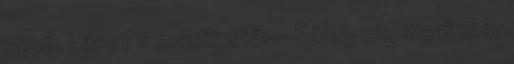
egyik képet a másik után- Főleg ez, mert már